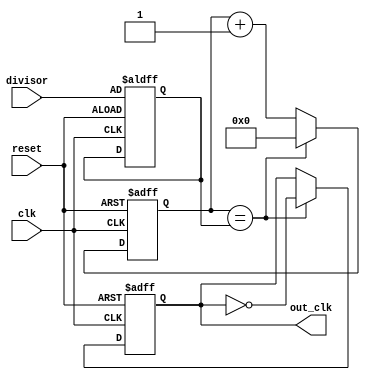
module fractional_clock_divider (
  input wire clk,
  input wire reset,
  input wire [7:0] divisor,
  output wire out_clk
);

reg [7:0] counter;
reg out_clk_reg;
reg [7:0] delay_counter;

always @ (posedge clk or posedge reset) begin
  if (reset) begin
    counter <= 8'h00;
    delay_counter <= divisor;
    out_clk_reg <= 1'b0;
  end else begin
    counter <= counter + 1;
    if (counter == delay_counter) begin
      out_clk_reg <= ~out_clk_reg;
      counter <= 8'h00;
    end
  end
end

assign out_clk = out_clk_reg;

endmodule